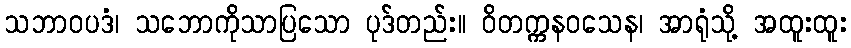
သဘာဝပဒံ၊ သဘောကိုသာပြသော ပုဒ်တည်း။ ဝိတက္ကနဝသေန၊ အာရုံသို့ အထူးထူး